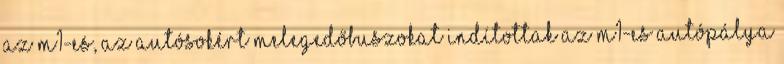
az M1-es, az autósokért melegedőbuszokat indítottak Az M1-es autópálya